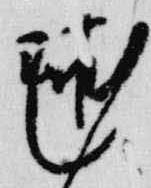
毬